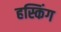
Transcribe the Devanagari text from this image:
हस्किंग